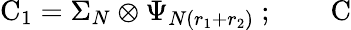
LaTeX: \mathrm{C}_{1}=\Sigma_{N}\otimes\Psi_{N(r_{1}+r_{2})}\ ;\qquad\mathrm{C}